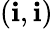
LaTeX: (\mathbf{i},\mathbf{i})